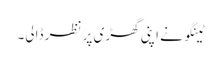
ٹینگو نے اپنی گھڑی پر نظر ڈالی۔